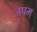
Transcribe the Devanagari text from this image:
जपम्